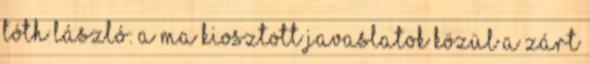
Tóth László: A ma kiosztott javaslatok közül a zárt